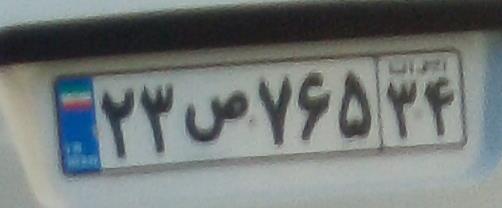
۲۳ص۷۶۵۳۴